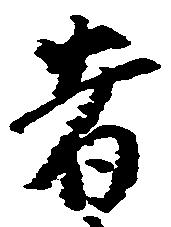
者